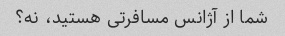
شما از آژانس مسافرتی هستید، نه؟